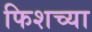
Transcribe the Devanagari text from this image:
फिशच्या